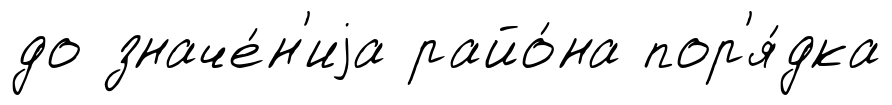
до значе́н'иjа райо́на пор'я́дка